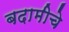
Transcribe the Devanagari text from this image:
बदामीचे